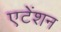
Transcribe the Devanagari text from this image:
एटेंशन